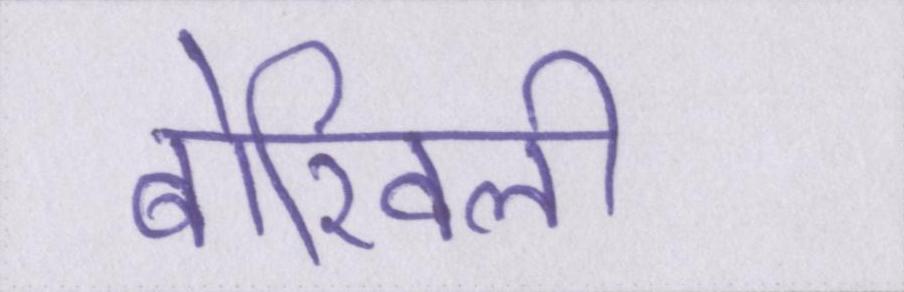
बोरिवली